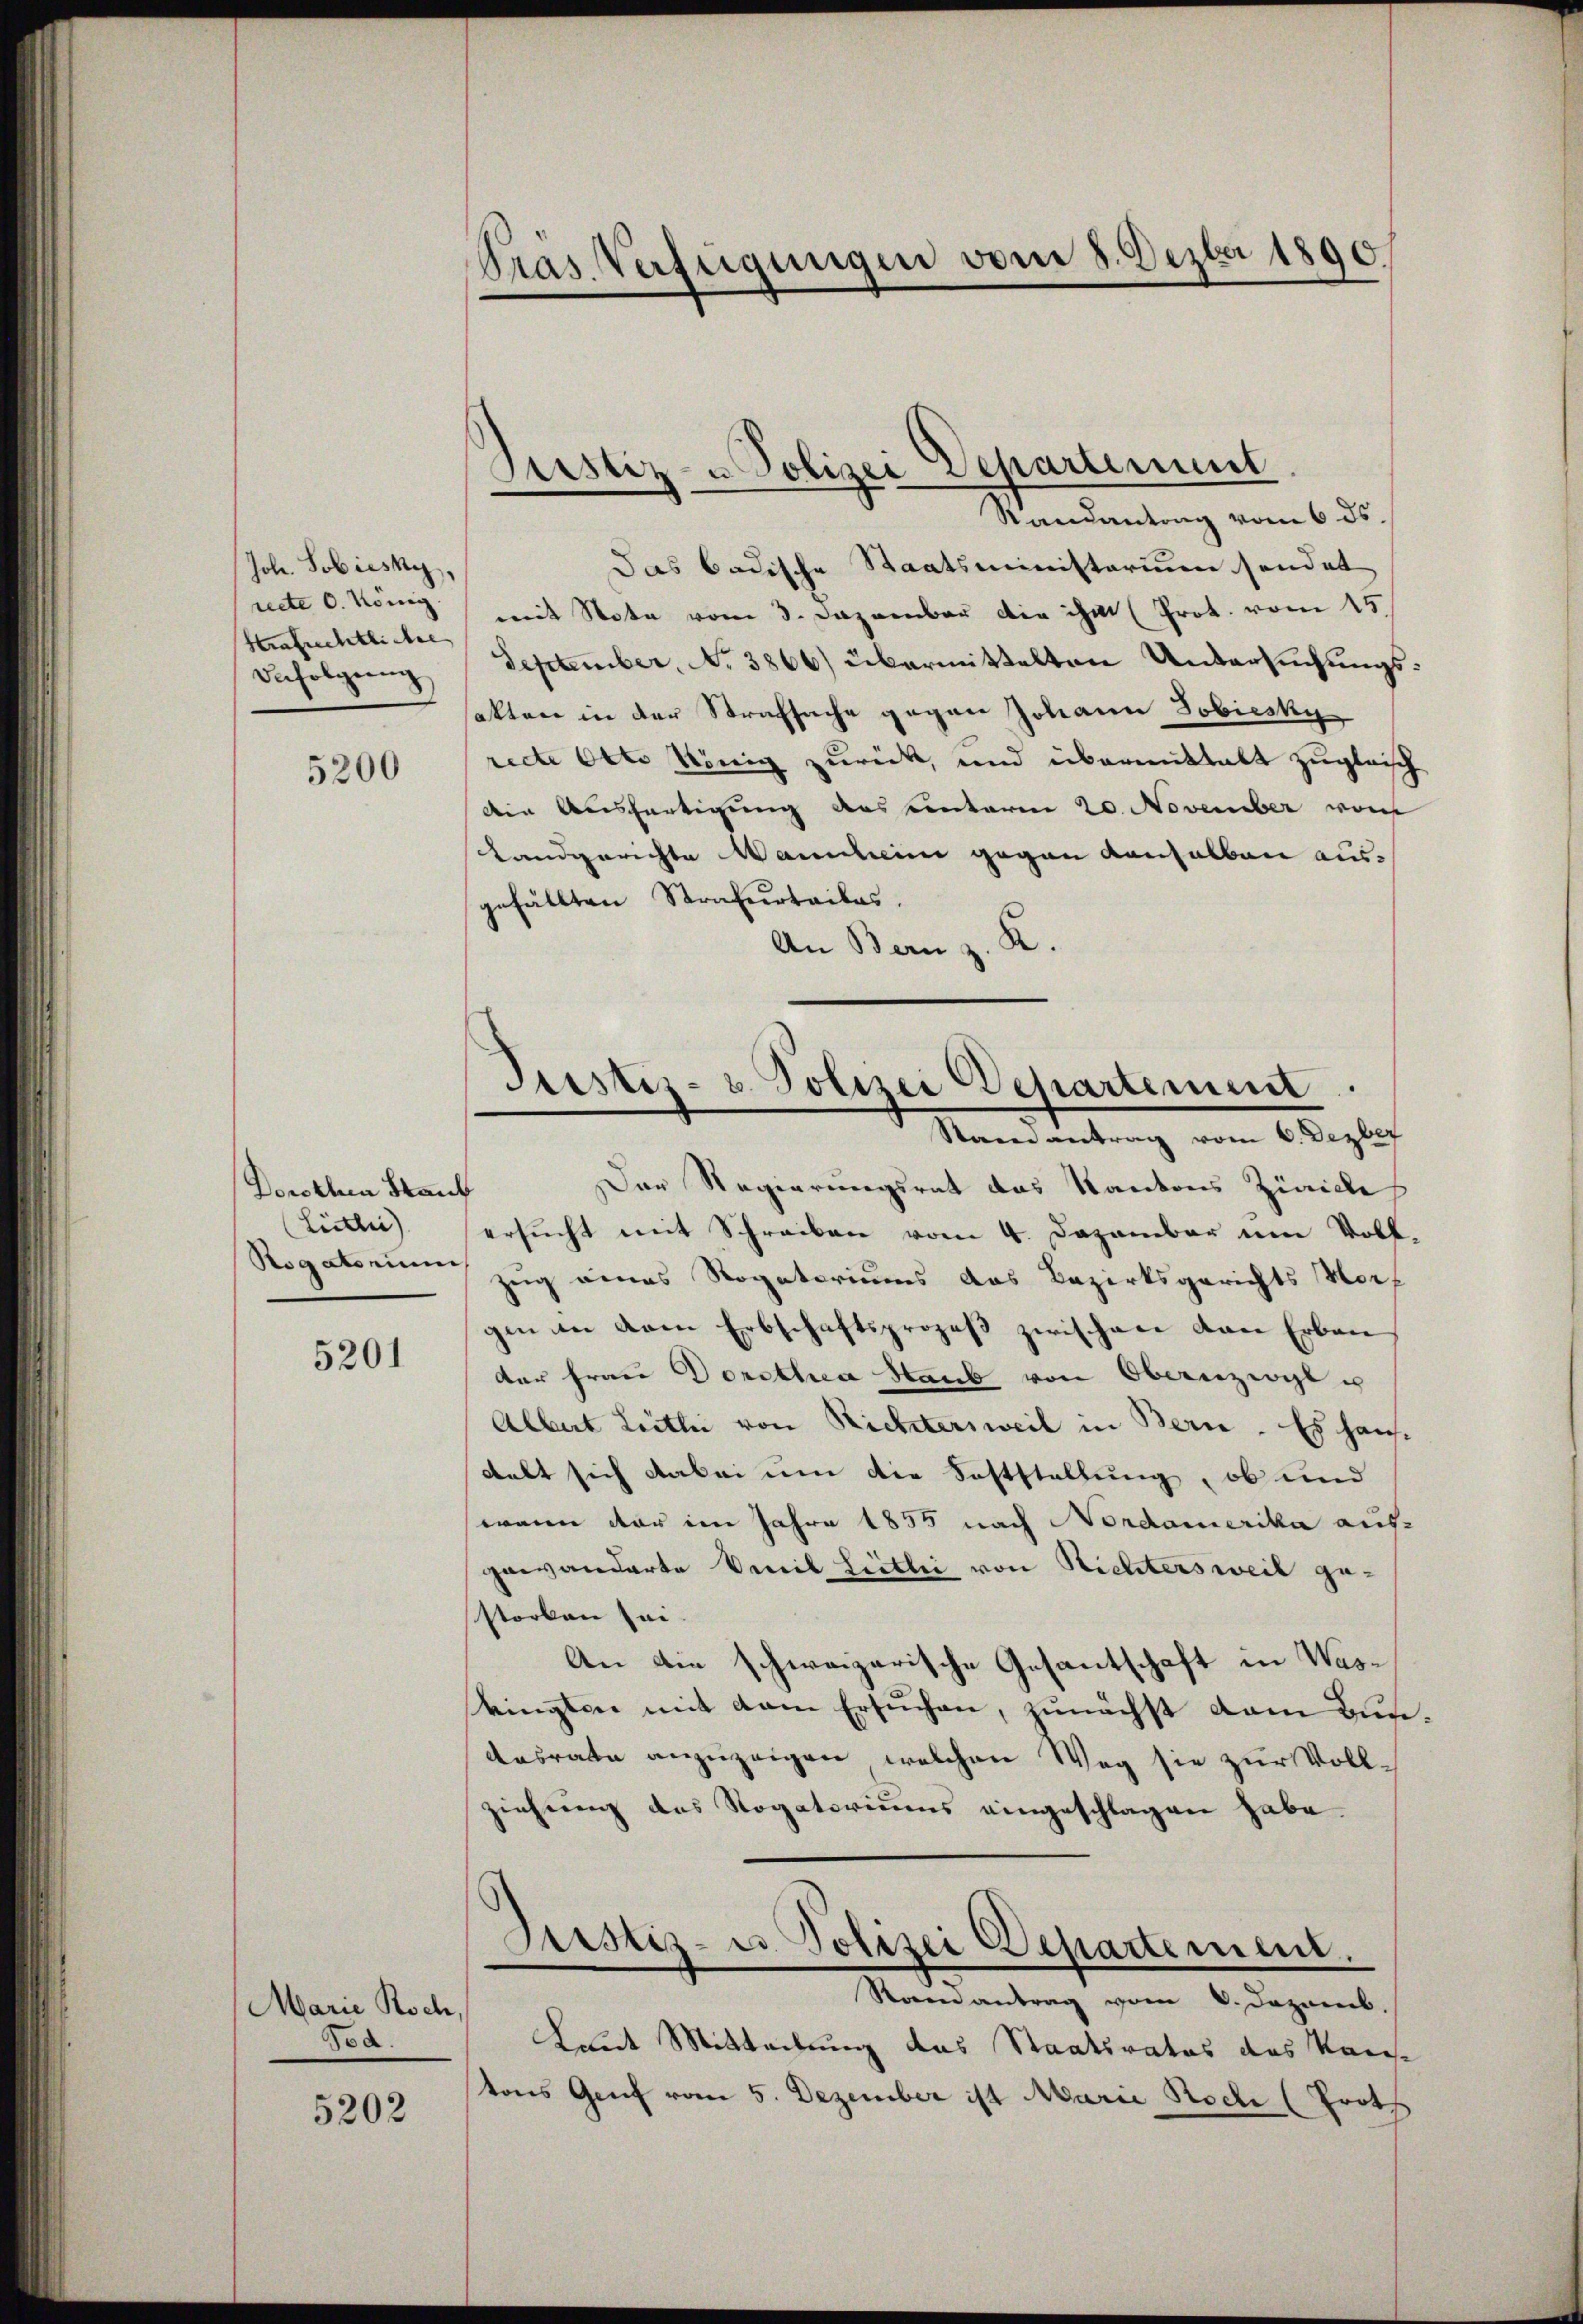
Joh. Sobiesky,
recte 6. König
Hrafrechtliche
Befolgung

5200

Dorothea Staub
Lietli
Rogatorium

5201

Marie Koch,
Tod.

5202

Gras Verfügungen vom 8. Dezbr 1890.

Justiz- u Polizei Separtement

Randantrag vom 6. ds.
Das badische Staatsministerium sendet
mit Note vom 3. Dezember die ihm (Prot. vom 15.
September, No 3866) übermittelten Untersuchungsaktere in der Strafsache gegen Johann Jobiesky
recte Otto König zurück, und übermittalt zugleisch
den Ausfertigung des unterm 20. November von
Landgerichte Wannheim gegen denselben aus-
gefällten Strafurteiles.
An Bern z. K.
Der Regierungsrat das Kantons Zürich
ersŭcht mit Schreiben vom 4. Dezember um Voll-
zug eines Rogatoriums das Bezirksgerichts Nor-
gin an dem Erbschaftsprozeβ zwischen von Erbau
der Frau Dorothea Staub von Obernzwyl u
Albert Leitli von Richtersweil in Bern. Es haus-
delt sich dabei um die Feststellung, ob und
wann dar im Jahre 1855 nach Nordamerika auf-
gewanderte Vereit Hitlei von Richtersweil gestorben sei.
An die schweizerische Gesantschaft in Wasringten mit dem Ersuchen, zunächst dem Bun¬
Aasrate anzuzeigen, welchen Weg sie zur Vollziehung des Rogatoriums eingeschlagen habe.
Justiz- u. Polizei Departement.
Raenantrag vom 6. Dezemb.
Laut Mitteilung des Staatsrates das Kaise
tons Genf vom 5. Dezember ist Marie Rode (Proth

Justiz- & Polizei Departement.
Stain antrag vom 6. Dezber